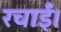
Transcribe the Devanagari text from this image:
रचाईं।